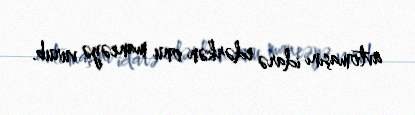
avtomaşını idarə edərkən onu maneəyə vurub.